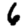
Digit: 6